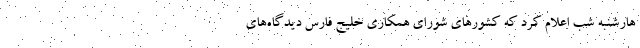
هارشنبه شب اعلام کرد که کشورهای شورای همکاری خلیج فارس دیدگاه‌های